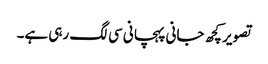
تصویر کچھ جانی پہچانی سی لگ رہی ہے۔